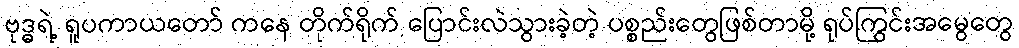
ဗုဒ္ဓရဲ့ ရူပကာယတော် ကနေ တိုက်ရိုက် ပြောင်းလဲသွားခဲ့တဲ့ ပစ္စည်းတွေဖြစ်တာမို့ ရုပ်ကြွင်းအမွေတွေ